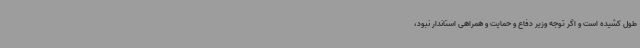
طول کشیده است و اگر توجه وزیر دفاع و حمایت و همراهی استاندار نبود،